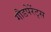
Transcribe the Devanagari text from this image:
गौडपेरेंट्स